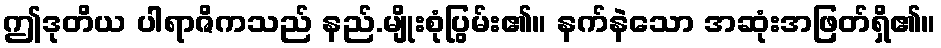
ဤဒုတိယ ပါရာဇိကသည် နည်.မျိုးစုံပြွမ်း၏။ နက်နဲသော အဆုံးအဖြတ်ရှိ၏။